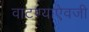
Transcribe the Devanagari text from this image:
वाटण्याऐवजी